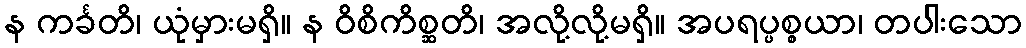
န ကင်္ခတိ၊ ယုံမှားမရှိ။ န ဝိစိကိစ္ဆတိ၊ အလို့လို့မရှိ။ အပရပ္ပစ္စယာ၊ တပါးသော